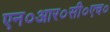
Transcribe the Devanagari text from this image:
एन०आर०सी०एच०